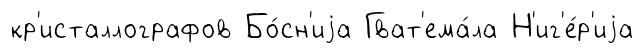
кр'исталлографов Бо́сн'иjа Гват'ема́ла Н'иг'е́р'иjа